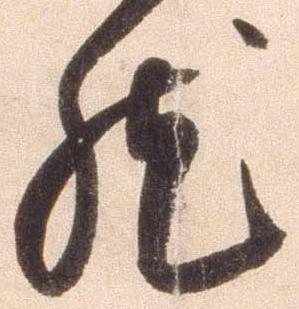
然